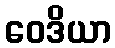
ဝေဒိယာ